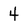
Character: 4